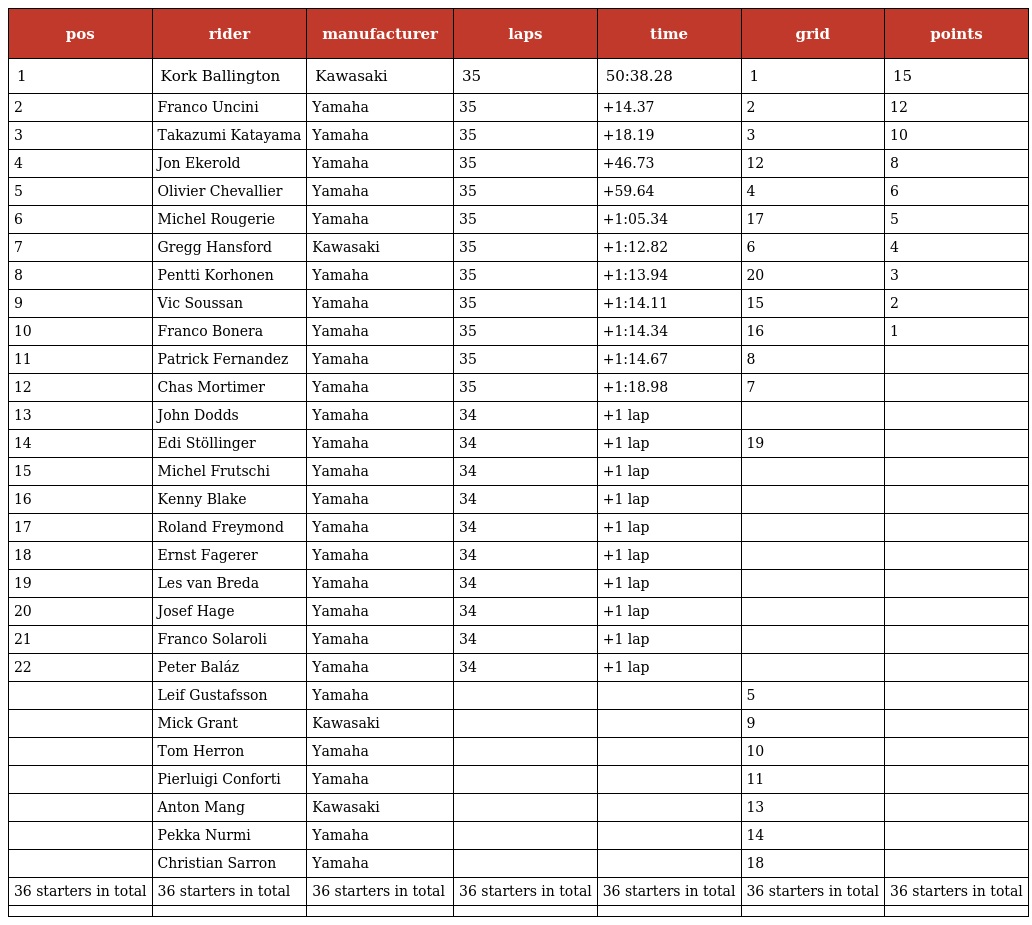
| pos | rider | manufacturer | laps | time | grid | points |
 | --- | --- | --- | --- | --- | --- | --- |
 | 1 | Kork Ballington | Kawasaki | 35 | 50:38.28 | 1 | 15 |
 | 2 | Franco Uncini | Yamaha | 35 | +14.37 | 2 | 12 |
 | 3 | Takazumi Katayama | Yamaha | 35 | +18.19 | 3 | 10 |
 | 4 | Jon Ekerold | Yamaha | 35 | +46.73 | 12 | 8 |
 | 5 | Olivier Chevallier | Yamaha | 35 | +59.64 | 4 | 6 |
 | 6 | Michel Rougerie | Yamaha | 35 | +1:05.34 | 17 | 5 |
 | 7 | Gregg Hansford | Kawasaki | 35 | +1:12.82 | 6 | 4 |
 | 8 | Pentti Korhonen | Yamaha | 35 | +1:13.94 | 20 | 3 |
 | 9 | Vic Soussan | Yamaha | 35 | +1:14.11 | 15 | 2 |
 | 10 | Franco Bonera | Yamaha | 35 | +1:14.34 | 16 | 1 |
 | 11 | Patrick Fernandez | Yamaha | 35 | +1:14.67 | 8 |  |
 | 12 | Chas Mortimer | Yamaha | 35 | +1:18.98 | 7 |  |
 | 13 | John Dodds | Yamaha | 34 | +1 lap |  |  |
 | 14 | Edi Stöllinger | Yamaha | 34 | +1 lap | 19 |  |
 | 15 | Michel Frutschi | Yamaha | 34 | +1 lap |  |  |
 | 16 | Kenny Blake | Yamaha | 34 | +1 lap |  |  |
 | 17 | Roland Freymond | Yamaha | 34 | +1 lap |  |  |
 | 18 | Ernst Fagerer | Yamaha | 34 | +1 lap |  |  |
 | 19 | Les van Breda | Yamaha | 34 | +1 lap |  |  |
 | 20 | Josef Hage | Yamaha | 34 | +1 lap |  |  |
 | 21 | Franco Solaroli | Yamaha | 34 | +1 lap |  |  |
 | 22 | Peter Baláz | Yamaha | 34 | +1 lap |  |  |
 |  | Leif Gustafsson | Yamaha |  |  | 5 |  |
 |  | Mick Grant | Kawasaki |  |  | 9 |  |
 |  | Tom Herron | Yamaha |  |  | 10 |  |
 |  | Pierluigi Conforti | Yamaha |  |  | 11 |  |
 |  | Anton Mang | Kawasaki |  |  | 13 |  |
 |  | Pekka Nurmi | Yamaha |  |  | 14 |  |
 |  | Christian Sarron | Yamaha |  |  | 18 |  |
 | 36 starters in total | 36 starters in total | 36 starters in total | 36 starters in total | 36 starters in total | 36 starters in total | 36 starters in total |
 |  |  |  |  |  |  |  |